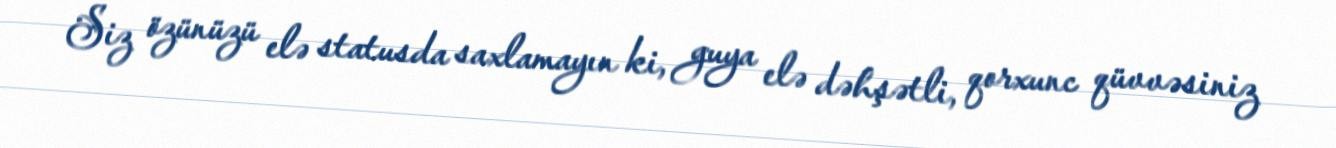
Siz özünüzü elə statusda saxlamayın ki, guya elə dəhşətli, qorxunc qüvvəsiniz